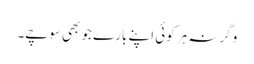
وگرنہ ہر کوئی اپنے بارے جو بھی سوچے۔